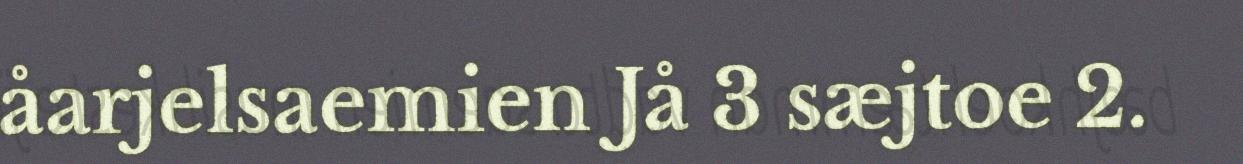
åarjelsaemien Jå 3 sæjtoe 2.